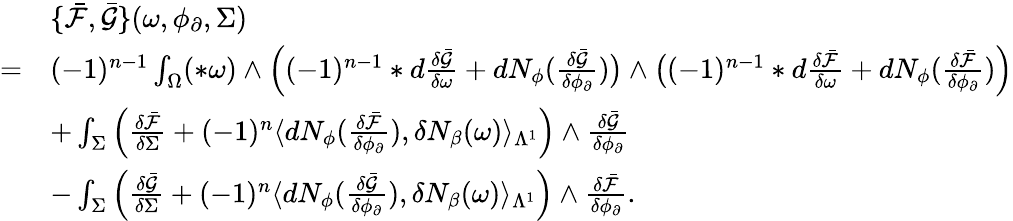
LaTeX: \begin{array}{rl}&{\{ \bar{\mathcal{F}},\bar{\mathcal{G}}\} (\omega,\phi_{\partial},\Sigma)}\\ {=}&{(-1)^{n-1}\int_{\Omega}(\ast\omega)\wedge\Big((-1)^{n-1}\ast d\frac{\delta\bar{\mathcal{G}}}{\delta\omega}+dN_{\phi}(\frac{\delta\bar{\mathcal{G}}}{\delta\phi_{\partial}})\big)\wedge\big((-1)^{n-1}\ast d\frac{\delta\bar{\mathcal{F}}}{\delta\omega}+dN_{\phi}(\frac{\delta\bar{\mathcal{F}}}{\delta\phi_{\partial}})\Big)}\\ &{+\int_{\Sigma}\Big(\frac{\delta\bar{\mathcal{F}}}{\delta\Sigma}+(-1)^{n}\langle dN_{\phi}(\frac{\delta\bar{\mathcal{F}}}{\delta\phi_{\partial}}),\delta N_{\beta}(\omega)\rangle_{\Lambda^{1}}\Big)\wedge\frac{\delta\bar{\mathcal{G}}}{\delta\phi_{\partial}}}\\ &{-\int_{\Sigma}\Big(\frac{\delta\bar{\mathcal{G}}}{\delta\Sigma}+(-1)^{n}\langle dN_{\phi}(\frac{\delta\bar{\mathcal{G}}}{\delta\phi_{\partial}}),\delta N_{\beta}(\omega)\rangle_{\Lambda^{1}}\Big)\wedge\frac{\delta\bar{\mathcal{F}}}{\delta\phi_{\partial}}.}\end{array}